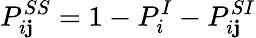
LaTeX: P_{i\mathbf{j}}^{SS}=1-P_{i}^{I}-P_{i\mathbf{j}}^{SI}